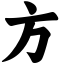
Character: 方